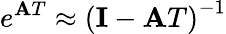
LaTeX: e^{\mathbf{A}T}\approx\left(\mathbf{I}-\mathbf{A}T\right)^{-1}